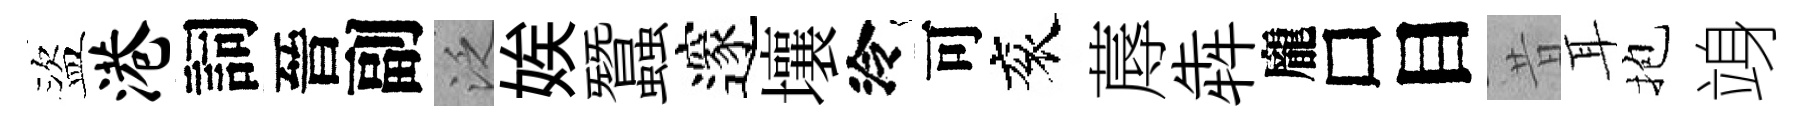
盜港詞晉副泛娭蠶邃壤泠可衮蓐犇龐□目昔耳抱竧